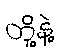
တို့နဲ့